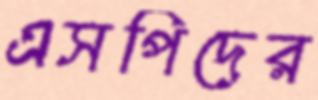
এসপিদের